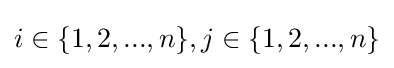
i\in \{1,2,...,n\},j\in \{1,2,...,n\}